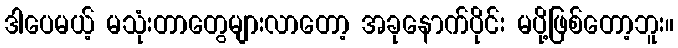
ဒါပေမယ့် မသုံးတာတွေများလာတော့ အခုနောက်ပိုင်း မပို့ဖြစ်တော့ဘူး။